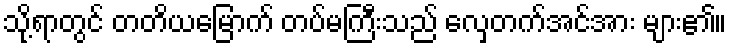
သို့ရာတွင် တတိယမြောက် တပ်မကြီးသည် လှေတက်အင်အား များ၏။